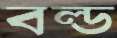
বল্ড